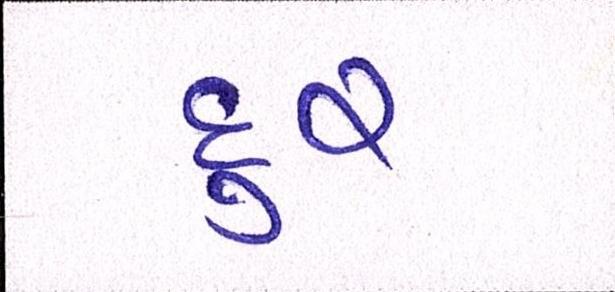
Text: દુર